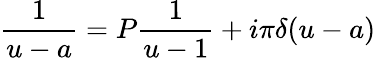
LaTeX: \frac{1}{u-a}=P\frac{1}{u-1}+i\pi\delta(u-a)